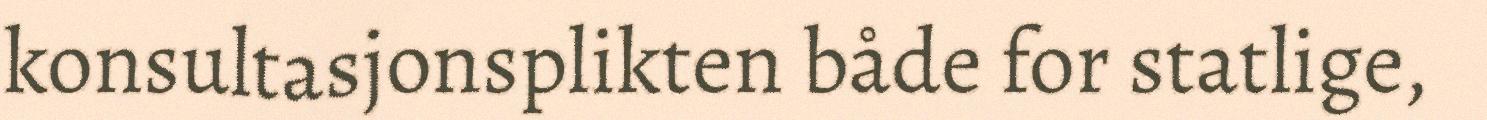
konsultasjonsplikten både for statlige,